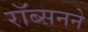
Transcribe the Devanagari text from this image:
रॉब्सनने